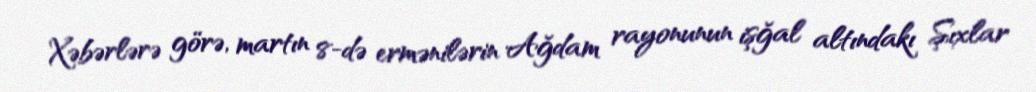
Xəbərlərə görə, martın 8-də ermənilərin Ağdam rayonunun işğal altındakı Şıxlar